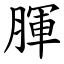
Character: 腪